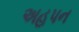
અહપન